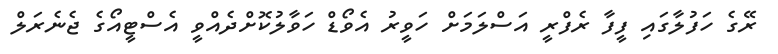
ރޭގެ ހަފުލާގައި ފީފާ ރެފްރީ އަސްލަމަށް ހަވީރު އެވޯޑް ހަވާލުކޮށްދެއްވީ އެސްޓީއޯގެ ޖެނެރަލް